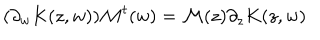
( \partial _ { w } K ( z , w ) ) { \cal M } ^ { t } ( w ) = { \cal M } ( z ) \partial _ { z } K ( z , w )